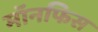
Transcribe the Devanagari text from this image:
मॉनफिस